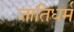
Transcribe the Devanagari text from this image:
जातिधर्म